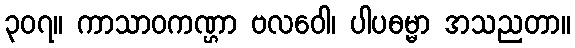
၃၀၇။ ကာသာဝကဏ္ဌာ ဗလဝေါ၊ ပါပဓမ္မာ အသညတာ။